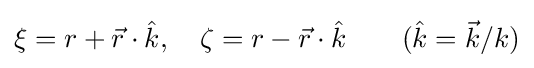
\xi =r+{\vec {r}}\cdot {\hat {k}},\quad \zeta =r-{\vec {r}}\cdot {\hat {k}}\qquad ({\hat {k}}={\vec {k}}/k)